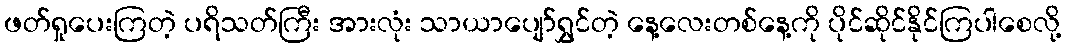
ဖတ်ရှုပေးကြတဲ့ ပရိသတ်ကြီး အားလုံး သာယာပျော်ရွှင်တဲ့ နေ့လေးတစ်နေ့ကို ပိုင်ဆိုင်နိုင်ကြပါစေလို့